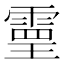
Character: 𩄇